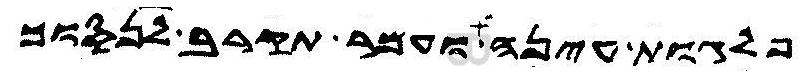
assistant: פלגות עינה ועמר תקרב לנסוך